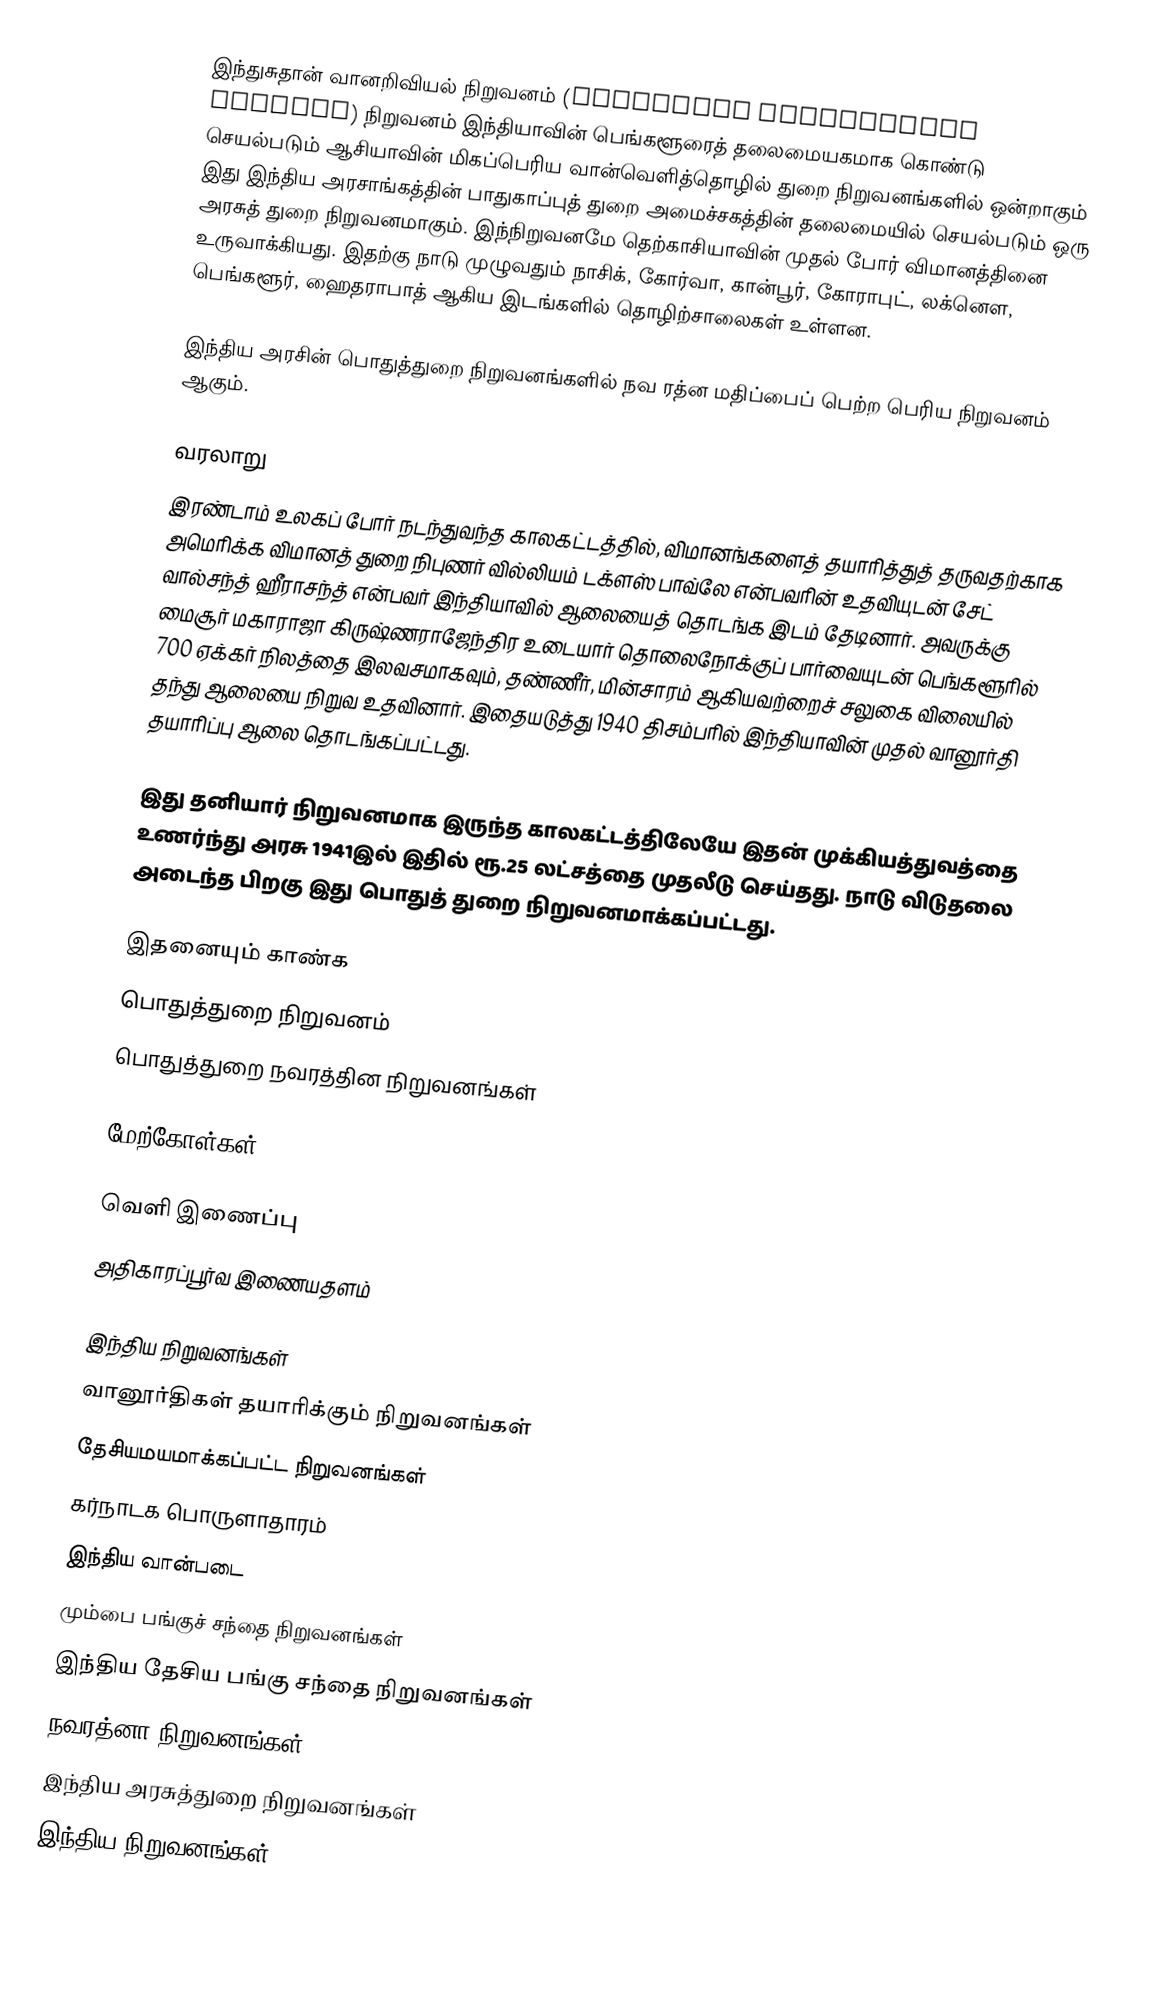
இந்துசுதான் வானறிவியல் நிறுவனம் (Hindustan Aeronautics Limited) நிறுவனம் இந்தியாவின் பெங்களூரைத் தலைமையகமாக கொண்டு செயல்படும் ஆசியாவின் மிகப்பெரிய வான்வெளித்தொழில் துறை நிறுவனங்களில் ஒன்றாகும் இது இந்திய அரசாங்கத்தின் பாதுகாப்புத் துறை அமைச்சகத்தின் தலைமையில் செயல்படும் ஒரு அரசுத் துறை நிறுவனமாகும். இந்நிறுவனமே தெற்காசியாவின் முதல் போர் விமானத்தினை உருவாக்கியது. இதற்கு நாடு முழுவதும் நாசிக், கோர்வா, கான்பூர், கோராபுட், லக்னௌ, பெங்களூர், ஹைதராபாத் ஆகிய இடங்களில் தொழிற்சாலைகள் உள்ளன.

இந்திய அரசின் பொதுத்துறை நிறுவனங்களில் நவ ரத்ன மதிப்பைப் பெற்ற  பெரிய நிறுவனம் ஆகும்.

வரலாறு
இரண்டாம் உலகப் போர் நடந்துவந்த காலகட்டத்தில், விமானங்களைத் தயாரித்துத் தருவதற்காக  அமெரிக்க விமானத் துறை நிபுணர் வில்லியம் டக்ளஸ் பாவ்லே என்பவரின் உதவியுடன்  சேட் வால்சந்த் ஹீராசந்த் என்பவர் இந்தியாவில் ஆலையைத் தொடங்க இடம் தேடினார். அவருக்கு மைசூர் மகாராஜா கிருஷ்ணராஜேந்திர உடையார் தொலைநோக்குப் பார்வையுடன் பெங்களூரில் 700 ஏக்கர் நிலத்தை இலவசமாகவும்,  தண்ணீர், மின்சாரம் ஆகியவற்றைச் சலுகை விலையில் தந்து ஆலையை நிறுவ உதவினார்.  இதையடுத்து 1940 திசம்பரில் இந்தியாவின் முதல் வானூர்தி தயாரிப்பு ஆலை தொடங்கப்பட்டது.

இது தனியார் நிறுவனமாக இருந்த காலகட்டத்திலேயே இதன் முக்கியத்துவத்தை உணர்ந்து அரசு 1941இல் இதில் ரூ.25 லட்சத்தை முதலீடு செய்தது. நாடு விடுதலை அடைந்த பிறகு இது பொதுத் துறை நிறுவனமாக்கப்பட்டது.

இதனையும் காண்க
 பொதுத்துறை நிறுவனம்
 பொதுத்துறை நவரத்தின நிறுவனங்கள்

மேற்கோள்கள்

வெளி இணைப்பு
அதிகாரப்பூர்வ இணையதளம்

இந்திய நிறுவனங்கள்
வானூர்திகள் தயாரிக்கும் நிறுவனங்கள்
தேசியமயமாக்கப்பட்ட நிறுவனங்கள்
கர்நாடக பொருளாதாரம்
இந்திய வான்படை
மும்பை பங்குச் சந்தை நிறுவனங்கள்
இந்திய தேசிய பங்கு சந்தை நிறுவனங்கள்
நவரத்னா நிறுவனங்கள்
இந்திய அரசுத்துறை நிறுவனங்கள்
இந்திய நிறுவனங்கள்